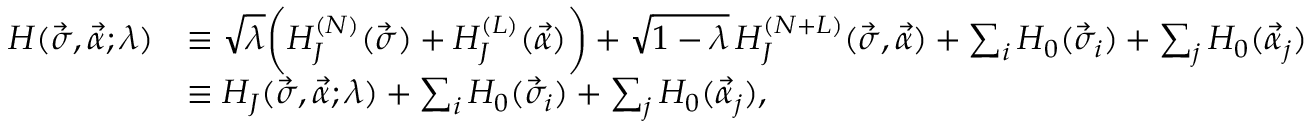
\begin{array} { r l } { H ( \vec { \sigma } , \vec { \alpha } ; \lambda ) } & { \equiv \sqrt { \lambda } \bigg ( H _ { J } ^ { ( N ) } ( \vec { \sigma } ) + H _ { J } ^ { ( L ) } ( \vec { \alpha } ) \bigg ) + \sqrt { 1 - \lambda } \, H _ { J } ^ { ( N + L ) } ( \vec { \sigma } , \vec { \alpha } ) + \sum _ { i } H _ { 0 } ( \vec { \sigma } _ { i } ) + \sum _ { j } H _ { 0 } ( \vec { \alpha } _ { j } ) } \\ & { \equiv H _ { J } ( \vec { \sigma } , \vec { \alpha } ; \lambda ) + \sum _ { i } H _ { 0 } ( \vec { \sigma } _ { i } ) + \sum _ { j } H _ { 0 } ( \vec { \alpha } _ { j } ) , } \end{array}